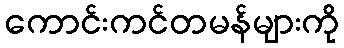
ကောင်းကင်တမန်များကို